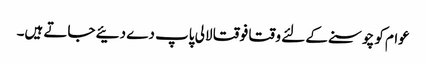
عوام کو چوسنے کے لئے وقتا فوقتا لالی پاپ دے دئیے جاتے ہیں۔